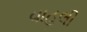
વાહલી